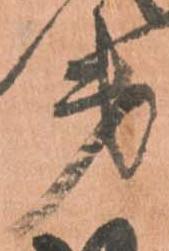
第